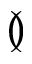
\between